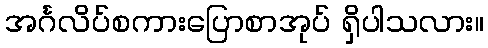
အင်္ဂလိပ်စကားပြောစာအုပ် ရှိပါသလား။